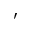
'